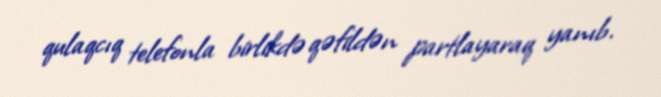
qulaqcıq telefonla birlikdə qəfildən partlayaraq yanıb.